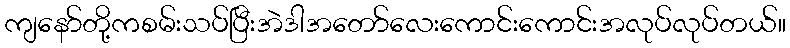
ကျနော်တို့ကစမ်းသပ်ပြီးအဲဒါအတော်လေးကောင်းကောင်းအလုပ်လုပ်တယ်။